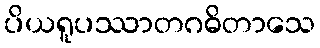
ပိယရူပဿာတဂဓိတာသေ